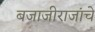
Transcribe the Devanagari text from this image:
बजाजीराजांचे